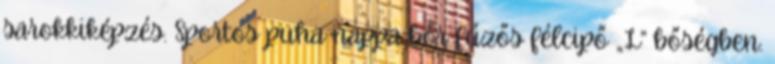
sarokkiképzés. Sportos puha nappa bőr fűzős félcipő „L” bőségben.